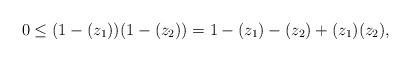
LaTeX: \begin{align*}&0 \leq (1-(z_1))(1-(z_2)) = 1 - (z_1) - (z_2) + (z_1)(z_2), \end{align*}